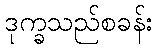
ဒုက္ခသည်စခန်း